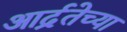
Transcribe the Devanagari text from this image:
आर्द्रतेच्या